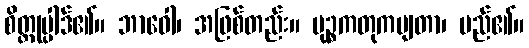
စိတ္တုပ္ပါဒ်၏။ ဘာဝေါ၊ အဖြစ်တည်း။ မုဉ္စကတုကမျတာ၊ မည်၏။